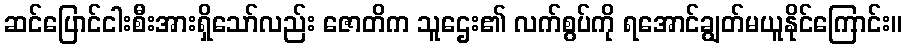
ဆင်ပြောင်ငါးစီးအားရှိသော်လည်း ဇောတိက သူဌေး၏ လက်စွပ်ကို ရအောင်ချွတ်မယူနိုင်ကြောင်း။